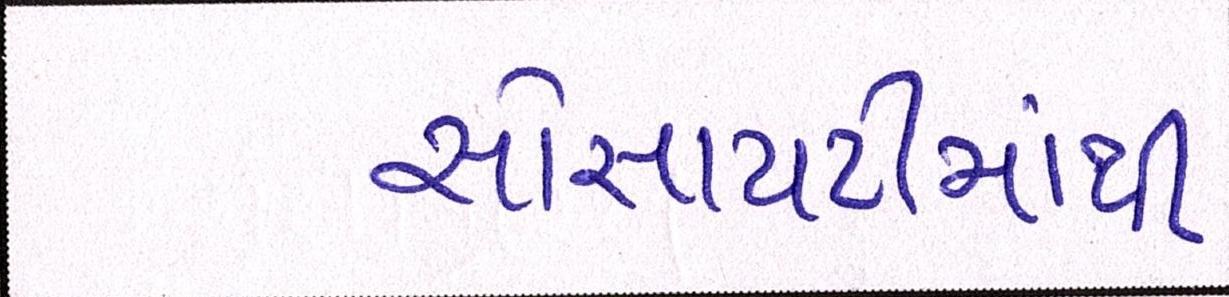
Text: સોસાયટીમાંથી